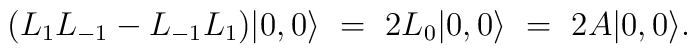
(L_1 L_{-1} - L_{-1} L_1) |0,0\rangle\ =\ 2 L_0 |0,0\rangle\ =\ 2A|0,0\rangle.